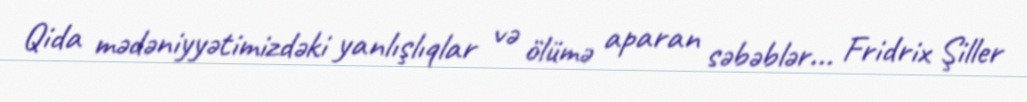
Qida mədəniyyətimizdəki yanlışlıqlar və ölümə aparan səbəblər... Fridrix Şiller